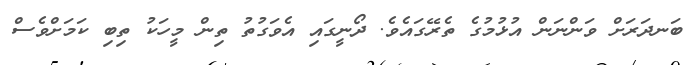
ބަނދަރަށް ވަންނަން އުޅުމުގެ ތެރޭގައެވެ. ދޯނީގައި އެވަގުތު ތިން މީހަކު ތިބި ކަމަށްވެސް